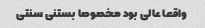
واقعا عالی بود مخصوصا بستنی سنتی